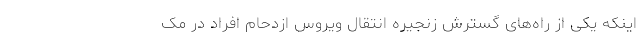
اینکه یکی از راه‌های گسترش زنجیره انتقال ویروس ازدحام افراد در مک